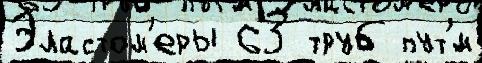
Эластом'еры 63 труб пут'́м